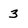
Character: 3